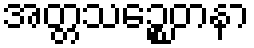
အတ္တသဉ္စေတနာ